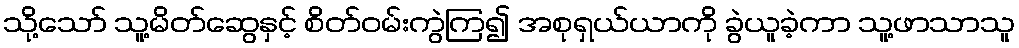
သို့သော် သူ့မိတ်ဆွေနှင့် စိတ်ဝမ်းကွဲကြ၍ အစုရှယ်ယာကို ခွဲယူခဲ့ကာ သူ့ဖာသာသူ